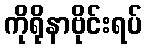
ကိုရိုနာဗိုင်းရပ်